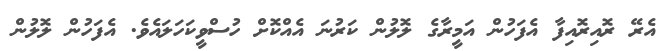
އެރޭ ރޮއިރޮއިފާ އެފަހުން އަމީރާގެ ލޮލުން ކަރުނަ އެއްކޮށް ހުސްވީކަހަލައެވެ. އެފަހުން ލޮލުން